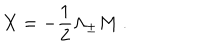
X = { - { \frac { 1 } { 2 } } \Lambda _ { \pm } M ~ . }